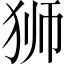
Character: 狮